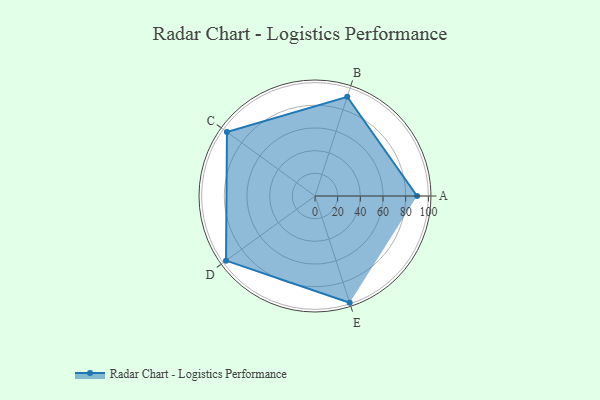
{"axis": {"x": "Skill", "y": "Score"}, "legend": ["Profile"], "data": [{"x": "A", "y": 90.0, "type": "Profile"}, {"x": "B", "y": 92.0, "type": "Profile"}, {"x": "C", "y": 96.0, "type": "Profile"}, {"x": "D", "y": 97.0, "type": "Profile"}, {"x": "E", "y": 99, "type": "Profile"}]}